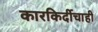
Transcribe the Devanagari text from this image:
कारकिर्दीचाही